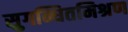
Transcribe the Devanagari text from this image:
सुगन्धितमिश्रण